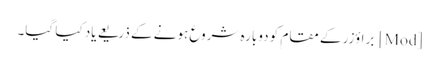
[Mod] براؤزر کے مقام کو دوبارہ شروع ہونے کے ذریعے یاد کیا گیا۔